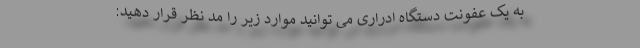
به یک عفونت دستگاه ادراری می توانید موارد زیر را مد نظر قرار دهید: